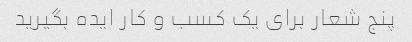
پنج شعار برای یک کسب و کار ایده بگیرید